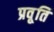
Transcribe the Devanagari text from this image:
प्रवृ्ति